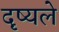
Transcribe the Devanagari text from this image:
दृष्यले